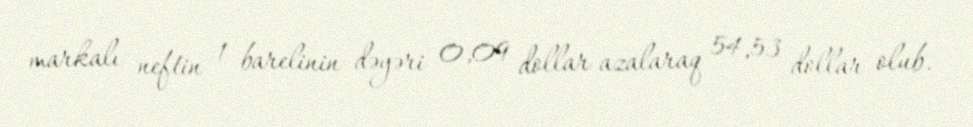
markalı neftin 1 barelinin dəyəri 0,09 dollar azalaraq 54,53 dollar olub.